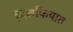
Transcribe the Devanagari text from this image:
मिलकियात